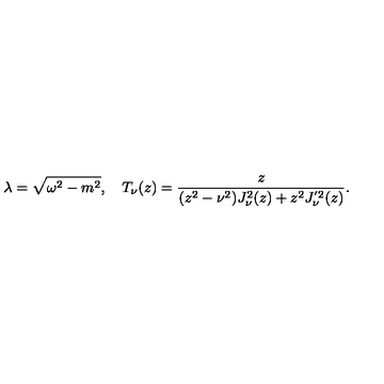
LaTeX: \lambda = \sqrt { \omega ^ { 2 } - m ^ { 2 } } , \quad T _ { \nu } ( z ) = \frac { z } { ( z ^ { 2 } - \nu ^ { 2 } ) J _ { \nu } ^ { 2 } ( z ) + z ^ { 2 } J _ { \nu } ^ { ' 2 } ( z ) } .